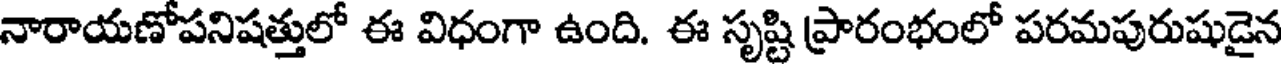
నారాయణోపనిషత్తులో ఈ విధంగా ఉంది. ఈ సృష్టి ప్రారంభంలో పరమపురుషుడైన